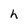
Character: h